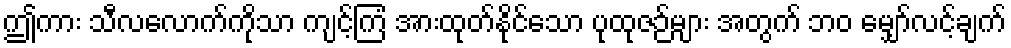
ဤကား သီလလောက်ကိုသာ ကျင့်ကြံ အားထုတ်နိုင်သော ပုထုဇဉ်များ အတွက် ဘဝ မျှော်လင့်ချက်